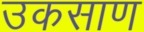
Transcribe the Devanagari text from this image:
उकसाण